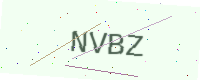
Text: NVBZ